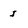
Character: I